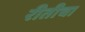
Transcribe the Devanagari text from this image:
रीतीचा